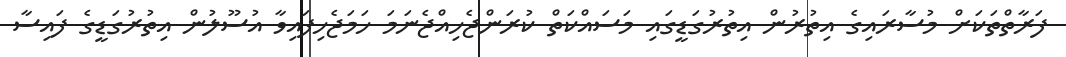
ފަރާތްތަކަށް މުސާރައިގެ އިތުރުން އިތުރުގަޑީގައި މަސައްކަތް ކުރަންޖެހިއްޖެނަމަ ހަމަޖެހިފައިވާ އުސޫލުން އިތުރުގަޑީގެ ފައިސާ